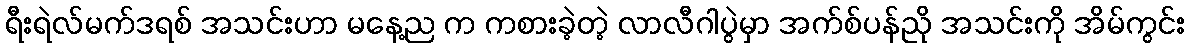
ရီးရဲလ်မက်ဒရစ် အသင်းဟာ မနေ့ည က ကစားခဲ့တဲ့ လာလီဂါပွဲမှာ အက်စ်ပန်ညို အသင်းကို အိမ်ကွင်း